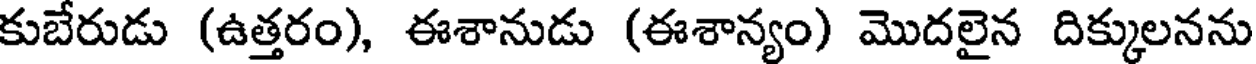
కుబేరుడు (ఉత్తరం), ఈశానుడు (ఈశాన్యం) మొదలైన దిక్కులనను